Annual statistical returns and brief notes on vaccination in Bengal - 1887-1898
Year: 1887
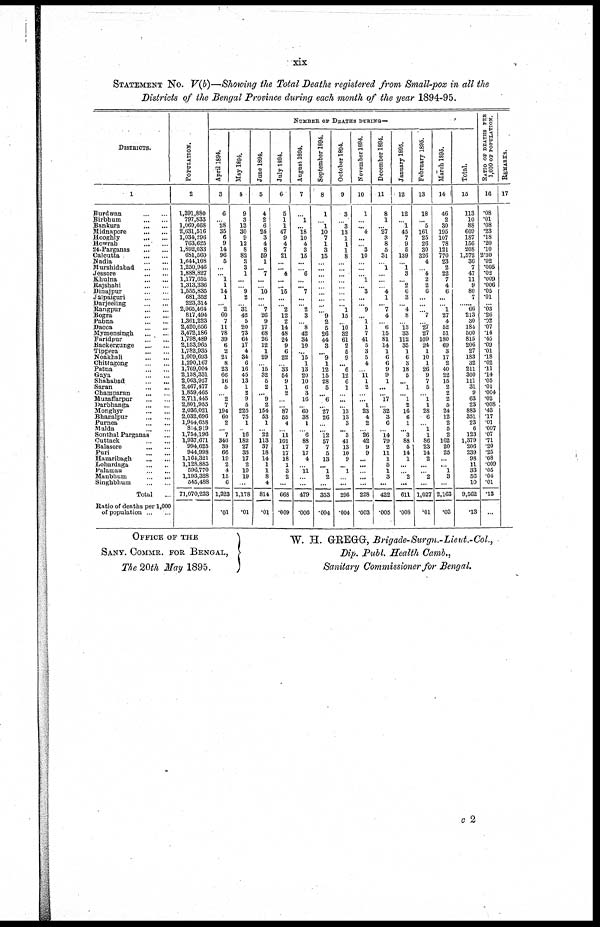
xix
STATEMENT No. V(b)—Showing the Total Deaths registered from Small-pox in all the
Districts of the Bengal Province during each month of the year 1894-95.
DISTRICTS.
1
Burdwan
...
...
Birbhum
...
...
Bankura
...
...
Midnapore
...
...
Hooghly
...
...
Howrah
...
...
24-Parganas
...
...
Calcutta
...
...
Nadia
...
...
Murshidabad
...
...
Jessore
...
...
Khulna
...
Rajshahi
...
...
Dinajpur
...
...
Jalpaiguri
...
...
Darjeeling
...
...
Rangpur
...
...
Bogra
...
...
Pabna
...
...
Dacca
...
...
Mymensingh
...
...
Faridpur
...
...
Backergunge
...
...
Tippera
...
...
Noakhali
...
...
Chittagong
...
...
Patna
...
...
Gaya
...
...
Shahabad
...
...
Saran ... ...
Champaran
...
...
Muzaffarpur
...
...
Darbhanga
...
...
Monghyr
...
...
Bhagalpur
...
...
Purnea
...
...
Malda
...
...
Sonthal Parganas ...
Cuttack
...
...
Balasore
...
...
Puri
...
...
Hazaribagh
...
...
Lohardaga
...
...
Palamau
...
...
Manbhum
...
...
Singhbhum
...
...
Total
Ratio of deaths per 1,000
of population
...
...
POPULATION.
2
1,391,880
797,833
1,069,668
2,631,516
1,034,296
763,625
1,892,033
681,560
1,640,108
1,250,946
1,888,827
1,177,652
1,313,336
1,555,835
681,352
223,314
2,065,464
817,494
1,361,223
2,420,656
3,472,186
1,798,489
2,153,965
1,782,935
1,009,693
1,290,167
1,769,004
2,138,331
2,063,927
2,467,477
1,859,465
2,711,445
2,801,955
2,036,021
2,032,696
1,944,658
814,919
1,754,196
1,937,671
994,625
944,998
1,164,321
1,128,885
596,770
1,193,328
545,488
71,070,233
NUMBER OF DEATHS DURING—
April 1894.
3
6
...
28
35
6
9
14
96
5
...
...
1
1
14
1
...
2
60
7
11
78
39
6
2
21
8
23
66
16
5
...
2 7
194
60
2
...
7
340
39
66
19
2
4
15
6
1,323
.01
May 1894.
4
9
3
13
30
9
12
8
82
3
3
1
...
...
9
2
...
31
42
5
20
73
64
17
4
34
6
16
45
13
1
2
9
5
225
75
1
...
16
182
27
33
17
2
10
19
...
1,178
.01
Jane 1894.
5
4
2
6
24
3
4
8
59
1
...
7
. ..
...
10
...
...
7
26
9
17
68
26
12
1
29
...
15
32
5
2
... 9
2
154
53
1
... 22
113
37
18
14
1
1
8
4
814
.01
July 1894.
6
5
1
1
47
9
4
7
21
...
... 4
...
...
15
...
...
2
12
2
14
48
24
9
6
22
...
33
54
9
1
2
...
...
87
55
4
...
11
101
17
17
18
1
3
2
...
668
.009
August 1894.
7
...
...
1 18
10
4
3
15
...
...
6
...
...
7
...
...
2
3
...
8
42
34
10
...
15
1
13
20
10
6
3
16
...
60
38
1
...
6
88
7
17
4
...
11
...
...
479
.006
September 1894.
8
1
...
1
10
7
1
3
15
...
...
...
...
...
...
...
...
...
9
2
5
26
44
3
...
9
1
12
15
28
5
...
6
...
27
26
...
...
12
57
7
5
13
...
1
2
...
353
.004
October 1894.
9
3
...
3
13
1
1
1
8
...
...
...
...
...
...
...
...
1
15
...
10
32
61
2
5
9
...
6
12
6
1
...
...
...
13
13
3
...
3
41
13
10
9
...
1
...
...
296
.004
November 1894.
10
1
...
...
4
...
...
3
10
...
...
...
1
...
3
...
...
9
...
1
1
7
41
5
3
5
4
...
11 1
2
...
...
1
23
4
2
...
26
42
9
9
...
...
...
...
...
228
.003
December 1894.
11
8
1
...
27
3
8
5
31
...
1
...
...
...
4
1
...
7
4
...
6
15
81
14
1
6
6
9
9
1
...
...
17
...
32
3
6
...
14
79
2
11
1
5
1
3
...
422
.005
January 1895.
12
12
...
1
45
7
9
6
139
...
1
3
...
2
6
3
...
4
8
...
13
33
112
35
1
6
3
18
5
...
1
...
1
2
16
6
1
...
3
88
5
14
1
...
...
2
...
611
.008
February 1895.
13
18
...
5
161
25
26
30
326
4
...
4
2
2
6
...
...
...
7
...
27
27
109
24
1
10
1
26
9
7
5
...
1
1
28
6
...
1
1
86
23
14
2
...
...
2
...
1,027
.01
March 1895.
14
46
2
30
195
107
78
121
770
23
2
22
7
4
6
...
...
1
27
4
52
51
180
69
3
17
2
40
22
15
2
2
2
5
24
12
2
5
2
162
20
25
...
...
1
3
...
2,163
.03
Total.
15
113
10
88
609
187
156
208
1,572
36
7
47
11
9
80
7
...
66
213
30
184
500
815
206
27
183
32
211
300
111
31
9
63
23
883
351
23
6
123
1,379
206
239
98
11
33
56
10
9,562
.13
RATIO OF DEATHS PER
1,000 OF POPULATION.
10
.08
.01
.08
.23
.18
.20
.10
2.30
.02
.005
.02
.009
.006
.05
.01
...
.03
.26
.02
.07
.14
.45
.09
.01
.18
.02
.11
.14
.05
.01
.004
.02
.008
.43
.17
.01
.007
.07
.71
.20
.25
.08
.009
.05
.04
.01
.13
...
REMARKS.
17
OFFICE OF THE
SANY. COMMR. FOR BENGAL,
The 20th Map 1895.
W. H. GREGG, Brigade-Surgn.-Lieut.-Col.,
Dip. Publ. Health Camb.,
Sanitary Commissioner for Bengal.
c 2